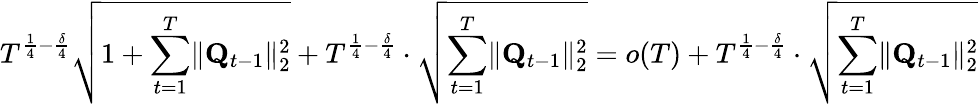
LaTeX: T^{\frac 14-\frac\delta 4}\sqrt{1+\sum_{t=1}^{T}\lVert\mathbf Q_{t-1}\rVert_{2}^{2}}+T^{\frac 14-\frac\delta 4}\cdot\sqrt{\sum_{t=1}^{T}\lVert\mathbf Q_{t-1}\rVert_{2}^{2}}=o(T)+T^{\frac 14-\frac\delta 4}\cdot\sqrt{\sum_{t=1}^{T}\lVert\mathbf Q_{t-1}\rVert_{2}^{2}}